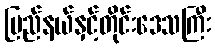
ပြည်နယ်နှင့်တိုင်းဒေသကြီး